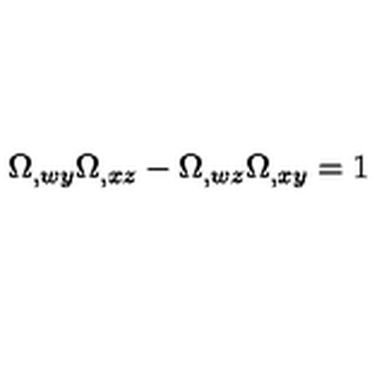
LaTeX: \Omega _ { , w y } \Omega _ { , x z } - \Omega _ { , w z } \Omega _ { , x y } = 1